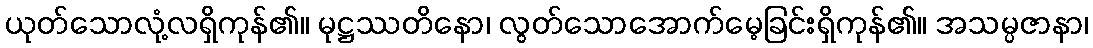
ယုတ်သောလုံ့လရှိကုန်၏။ မုဋ္ဌဿတိနော၊ လွတ်သောအောက်မေ့ခြင်းရှိကုန်၏။ အသမ္ပဇာနာ၊